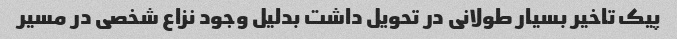
پیک تاخیر بسیار طولانی در تحویل داشت بدلیل وجود نزاع شخصی در مسیر